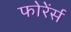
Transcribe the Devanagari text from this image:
फोरेंर्स